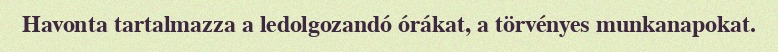
Havonta tartalmazza a ledolgozandó órákat, a törvényes munkanapokat.